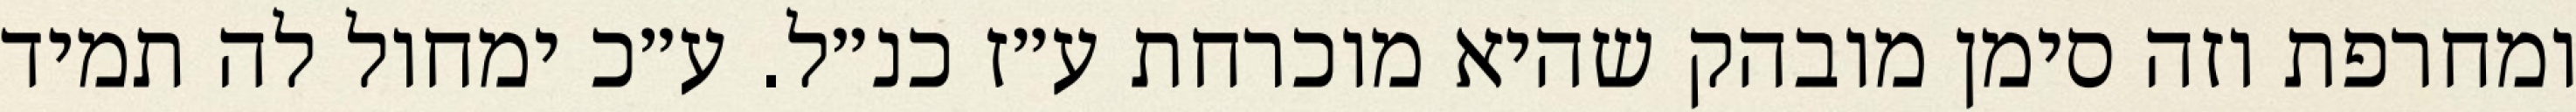
ומחרפת וזה סימן מובהק שהיא מוכרחת ע״ז כנ״ל. ע״כ ימחול לה תמיד